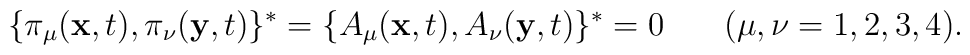
\{\pi_\mu(\textbf{x},t),\pi_\nu(\textbf{y},t)\}^*=\{A_\mu(\textbf{x},t),A_\nu(\textbf{y},t)\}^*=0\hspace{0.3in}(\mu, \nu=1,2,3,4) .